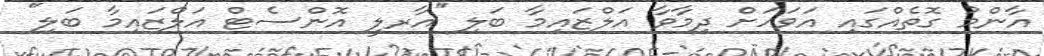
އާންމު ގޮތެއްގައި އަވަހަށް ދިމާވާ އަލްޒައިމާ ބަލި ''އާރލީ އޮންސެޓް އަލްޒައިމާ ބަލި''